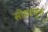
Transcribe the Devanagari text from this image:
सोडवणुक